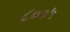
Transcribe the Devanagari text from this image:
८००५